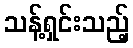
သန့်ရှင်းသည့်